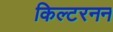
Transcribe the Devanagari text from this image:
किल्टरनन